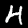
Digit: 4